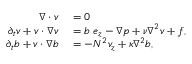
\begin{array} { r l } { \boldsymbol { \nabla } \cdot \boldsymbol { v } } & { { } = 0 } \\ { \partial _ { t } \boldsymbol { v } + \boldsymbol { v } \cdot \boldsymbol { \nabla } \boldsymbol { v } } & { { } = b ~ \boldsymbol { e } _ { z } - \boldsymbol { \nabla } p + \nu \nabla ^ { 2 } \boldsymbol { v } + \boldsymbol { f } , } \\ { \partial _ { t } { b } + \boldsymbol { v } \cdot \boldsymbol { \nabla } b } & { { } = - N ^ { 2 } v _ { z } + \kappa \nabla ^ { 2 } { b } , } \end{array}